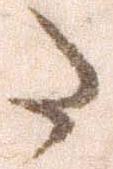
た